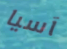
آسيا